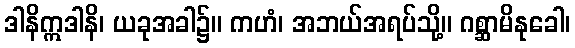
ဒါနိဣဒါနိ၊ ယခုအခါ၌။ ကဟံ၊ အဘယ်အရပ်သို့။ ဂစ္ဆာမိနုခေါ၊